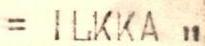
= ILKKA "